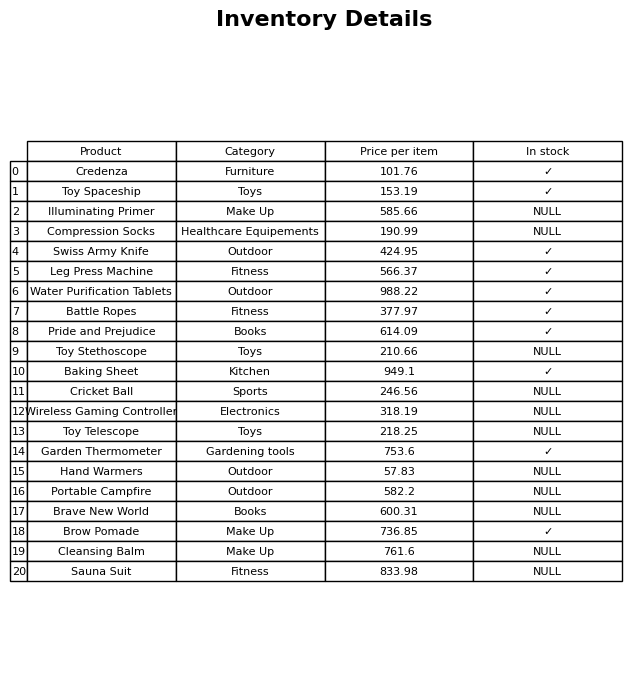
question: Which products are currently out of stock?
answer: Illuminating Primer, Compression Socks, Toy Stethoscope, Cricket Ball, Wireless Gaming Controller, Toy Telescope, Hand Warmers, Portable Campfire, Brave New World, Cleansing Balm, Sauna Suit